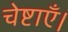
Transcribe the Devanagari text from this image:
चेष्टाएँ।